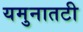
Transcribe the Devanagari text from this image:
यमुनातटी